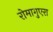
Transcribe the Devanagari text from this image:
रोमागुएरा